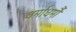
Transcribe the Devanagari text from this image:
धर्माधर्मौ